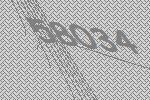
58034